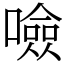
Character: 噞